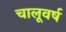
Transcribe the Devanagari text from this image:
चालूवर्ष